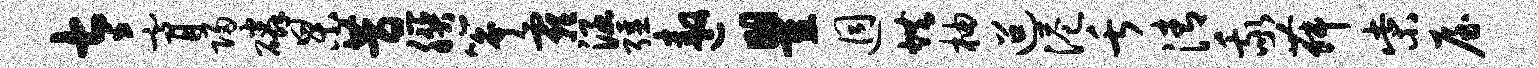
太膏归磷杲昔朕筝霾涵强遨瞿迥烘柚迢港舌清我舞柴屋